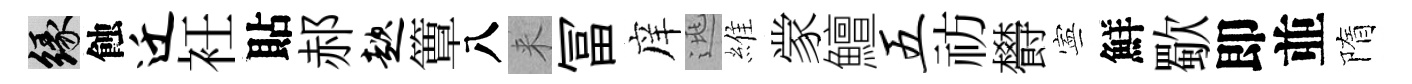
緣蝕迁衽貼郝趑簟八来冨庠逃維䝉鱣五祊欎寕鮮歜即並隋